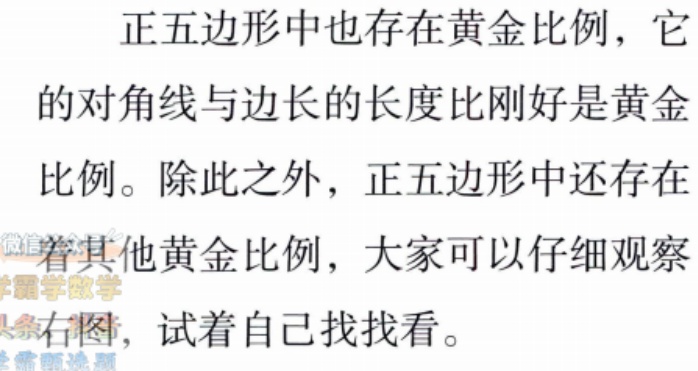
正五边形中也存在黄金比例，它的对角线与边长的长度比刚好是黄金比例。除此之外，正五边形中还存在着其他黄金比例，大家可以仔细观察右图，试着自己找找看。